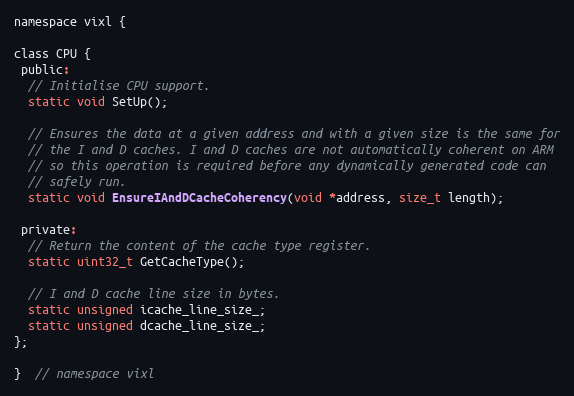
Language: C
namespace vixl {

class CPU {
 public:
  // Initialise CPU support.
  static void SetUp();

  // Ensures the data at a given address and with a given size is the same for
  // the I and D caches. I and D caches are not automatically coherent on ARM
  // so this operation is required before any dynamically generated code can
  // safely run.
  static void EnsureIAndDCacheCoherency(void *address, size_t length);

 private:
  // Return the content of the cache type register.
  static uint32_t GetCacheType();

  // I and D cache line size in bytes.
  static unsigned icache_line_size_;
  static unsigned dcache_line_size_;
};

}  // namespace vixl